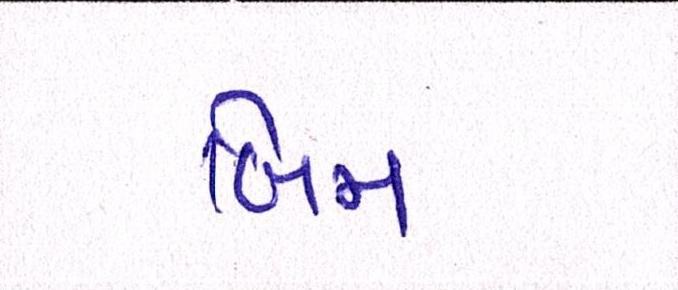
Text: બિમ